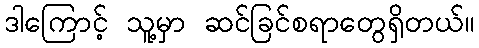
ဒါကြောင့် သူ့မှာ ဆင်ခြင်စရာတွေရှိတယ်။